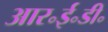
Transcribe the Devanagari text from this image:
आर॰ई॰डी॰